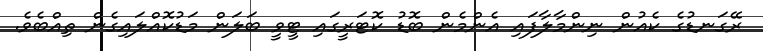
ރޭގަނޑުގެ ކެއުން ނިންމާލާފައި އެންމެން ބޮޑު ކޮޓަރީގައި ޓީވީ ބަލަން މަޑުކޮއްލައިގެން ތިއްބެވެ.